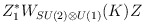
\begin{align*}Z_1^* W_{SU(2)\otimes U(1)}(K) Z\end{align*}